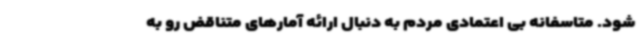
شود. متاسفانه بی اعتمادی مردم به دنبال ارائه آمارهای متناقض رو به